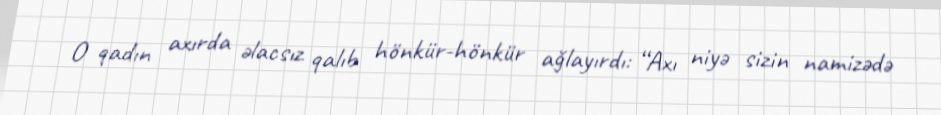
O qadın axırda əlacsız qalıb hönkür-hönkür ağlayırdı: “Axı niyə sizin namizədə